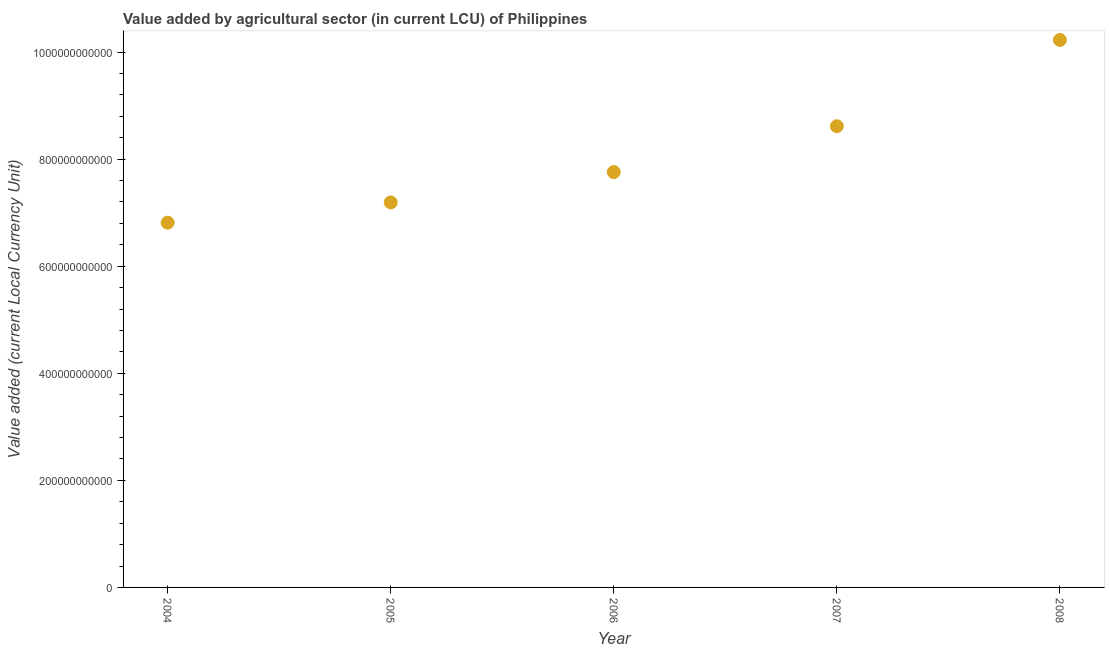
| Year | Agriculture |
 | --- | --- |
 | 2004 | 6.81e+11 |
 | 2005 | 7.19e+11 |
 | 2006 | 7.76e+11 |
 | 2007 | 8.61e+11 |
 | 2008 | 1.02e+12 |